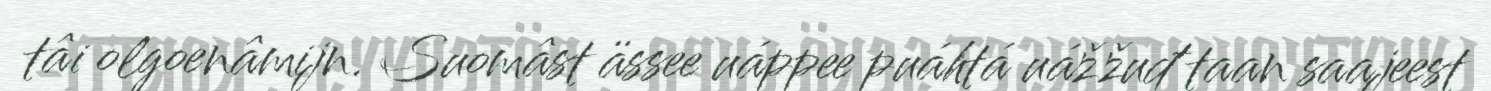
tâi olgoenâmijn. Suomâst ässee uáppee puáhtá uážžuđ taan saajeest